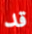
قد